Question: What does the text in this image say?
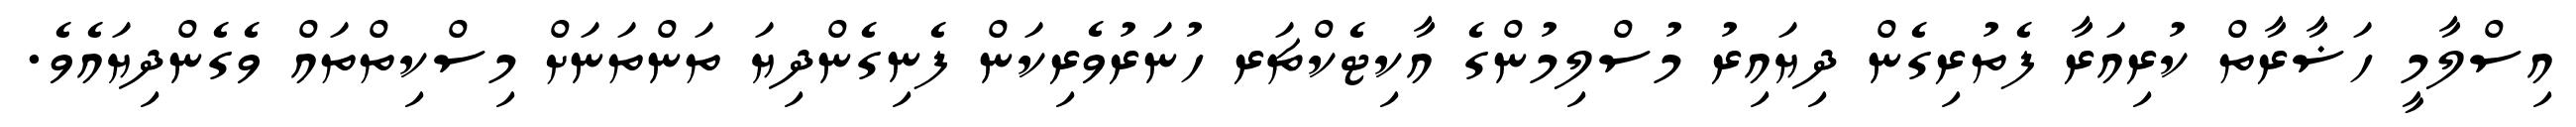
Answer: އިސްލާމީ ހަޟާރާތް ކުރިއަރާ ފެތުރިގެން ދިޔައިރު މުސްލިމުންގެ އާކިޓެކްޗަރ ހުނަރުވެރިކަން ފެނިގެންދިޔަ ތަންތަނަށް މިސްކިތްތައް ވެގެންދިޔައެވެ.